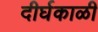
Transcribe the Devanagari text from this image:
दीर्घकाळी